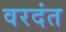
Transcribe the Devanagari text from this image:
वरदंत